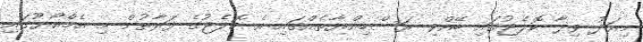
މިއަދު ވިލާ ކޮލެޖުގައި ބޭއްވި ރަސްމިއްޔާތެއްގައި އެ ކޮލެޖުގެ ފަރާތުން މި އެމްއޯޔޫގައި